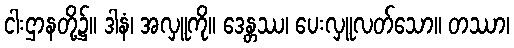
ငါးဌာနတို့၌။ ဒါနံ၊ အလှူကို။ ဒေန္တဿ၊ ပေးလှူလတ်သော။ တဿာ၊